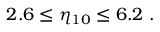
2 . 6 \le \eta _ { 1 0 } \le 6 . 2 \ .